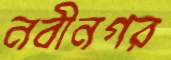
নবীনগর